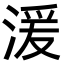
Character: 湲